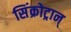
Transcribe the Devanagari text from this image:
सिंक्रोट्रान्